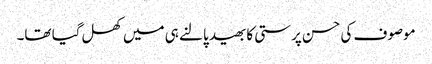
موصوف کی حسن پرستی کا بھید پالنے ہی میں کھل گیا تھا۔